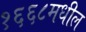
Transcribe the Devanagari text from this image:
१६६८मधील